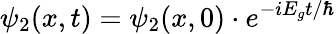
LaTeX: \psi_{2}(x,t)=\psi_{2}(x,0)\cdot e^{-iE_{g}t/\hbar}